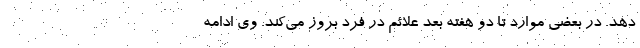
دهد. در بعضی موارد تا دو هفته بعد علائم در فرد بروز می‌کند. وی ادامه